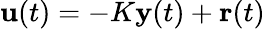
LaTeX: \mathbf{u}(t)=-K\mathbf{y}(t)+\mathbf{r}(t)